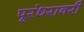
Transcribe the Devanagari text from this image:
पूरंधरावरी